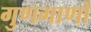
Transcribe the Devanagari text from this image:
गुणगाणों